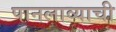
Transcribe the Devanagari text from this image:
पानलाव्याची